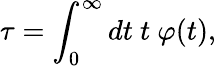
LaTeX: \tau=\int_{0}^{\infty}dt\ t\ \varphi(t),